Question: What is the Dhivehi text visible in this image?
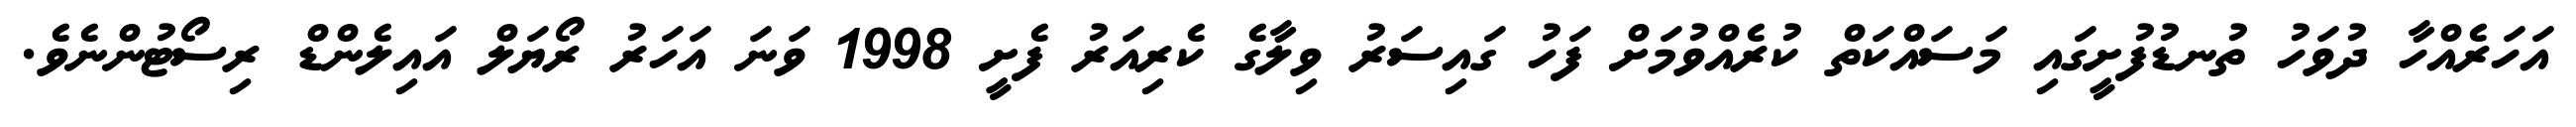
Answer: އަހަރެއްހާ ދުވަހު ތުނޑުފުށީގައި މަސައްކަތް ކުރެއްވުމަށް ފަހު ގައިސަރު ވިލާގެ ކެރިއަރު ފެށީ 1998 ވަނަ އަހަރު ރޯޔަލް އައިލެންޑް ރިސޯޓުންނެވެ.